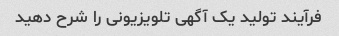
فرآیند تولید یک آگهی تلویزیونی را شرح دهید